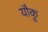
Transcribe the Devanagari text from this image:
यौकू